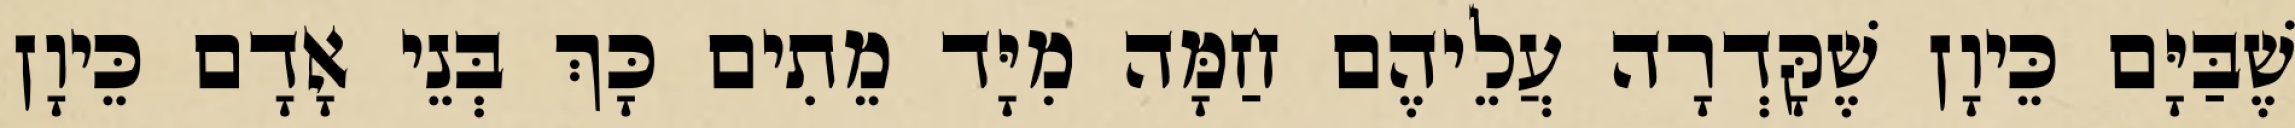
שֶׁבַּיָּם כֵּיוָן שֶׁקָּדְרָה עֲלֵיהֶם חַמָּה מִיָּד מֵתִים כָּךְ בְּנֵי אָדָם כֵּיוָן